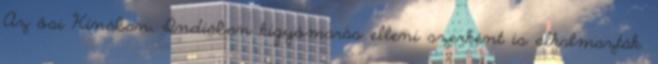
Az ősi Kínában, Indiában kígyómarás elleni szerként is alkalmazták.